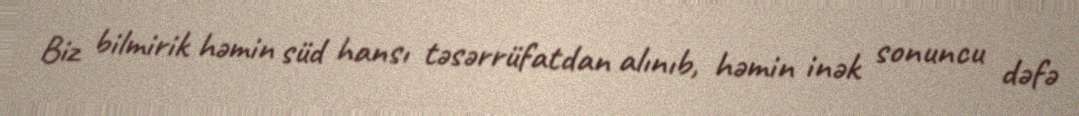
Biz bilmirik həmin süd hansı təsərrüfatdan alınıb, həmin inək sonuncu dəfə